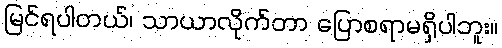
မြင်ရပါတယ်၊ သာယာလိုက်တာ ပြောစရာမရှိပါဘူး။